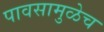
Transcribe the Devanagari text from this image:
पावसामुळेच